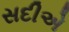
સદીએ